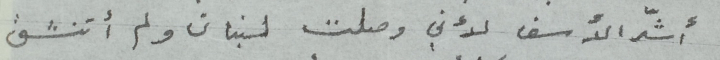
أشدّ الأسف لأني وصلت لبنان ولم أتنشق